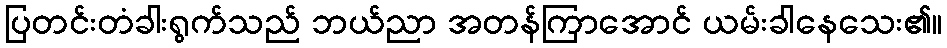
ပြတင်းတံခါးရွက်သည် ဘယ်ညာ အတန်ကြာအောင် ယမ်းခါနေသေး၏။